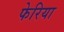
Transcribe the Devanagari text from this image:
फेरिया